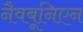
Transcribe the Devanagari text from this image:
नैवबूनिएन